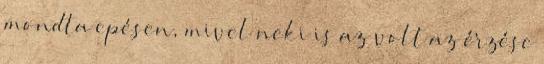
mondta epésen, mivel neki is az volt az érzése